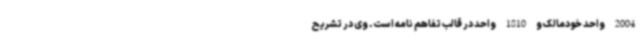
2004 واحد خودمالک و 1810 واحد در قالب تفاهم نامه است. وی در تشریح